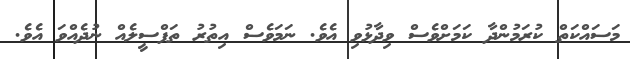
މަސައްކަތް ކުރަމުންދާ ކަމަށްވެސް ވިދާޅުވި އެވެ. ނަމަވެސް އިތުރު ތަފްސީލެއް ނުދެއްވަ އެވެ.